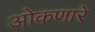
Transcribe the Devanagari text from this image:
ओकणारे